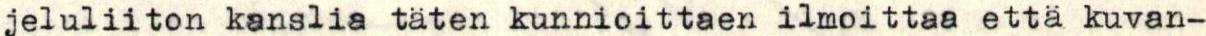
jeluliiton kanslia täten kunnioittaen ilmoittaa  että kuvan-